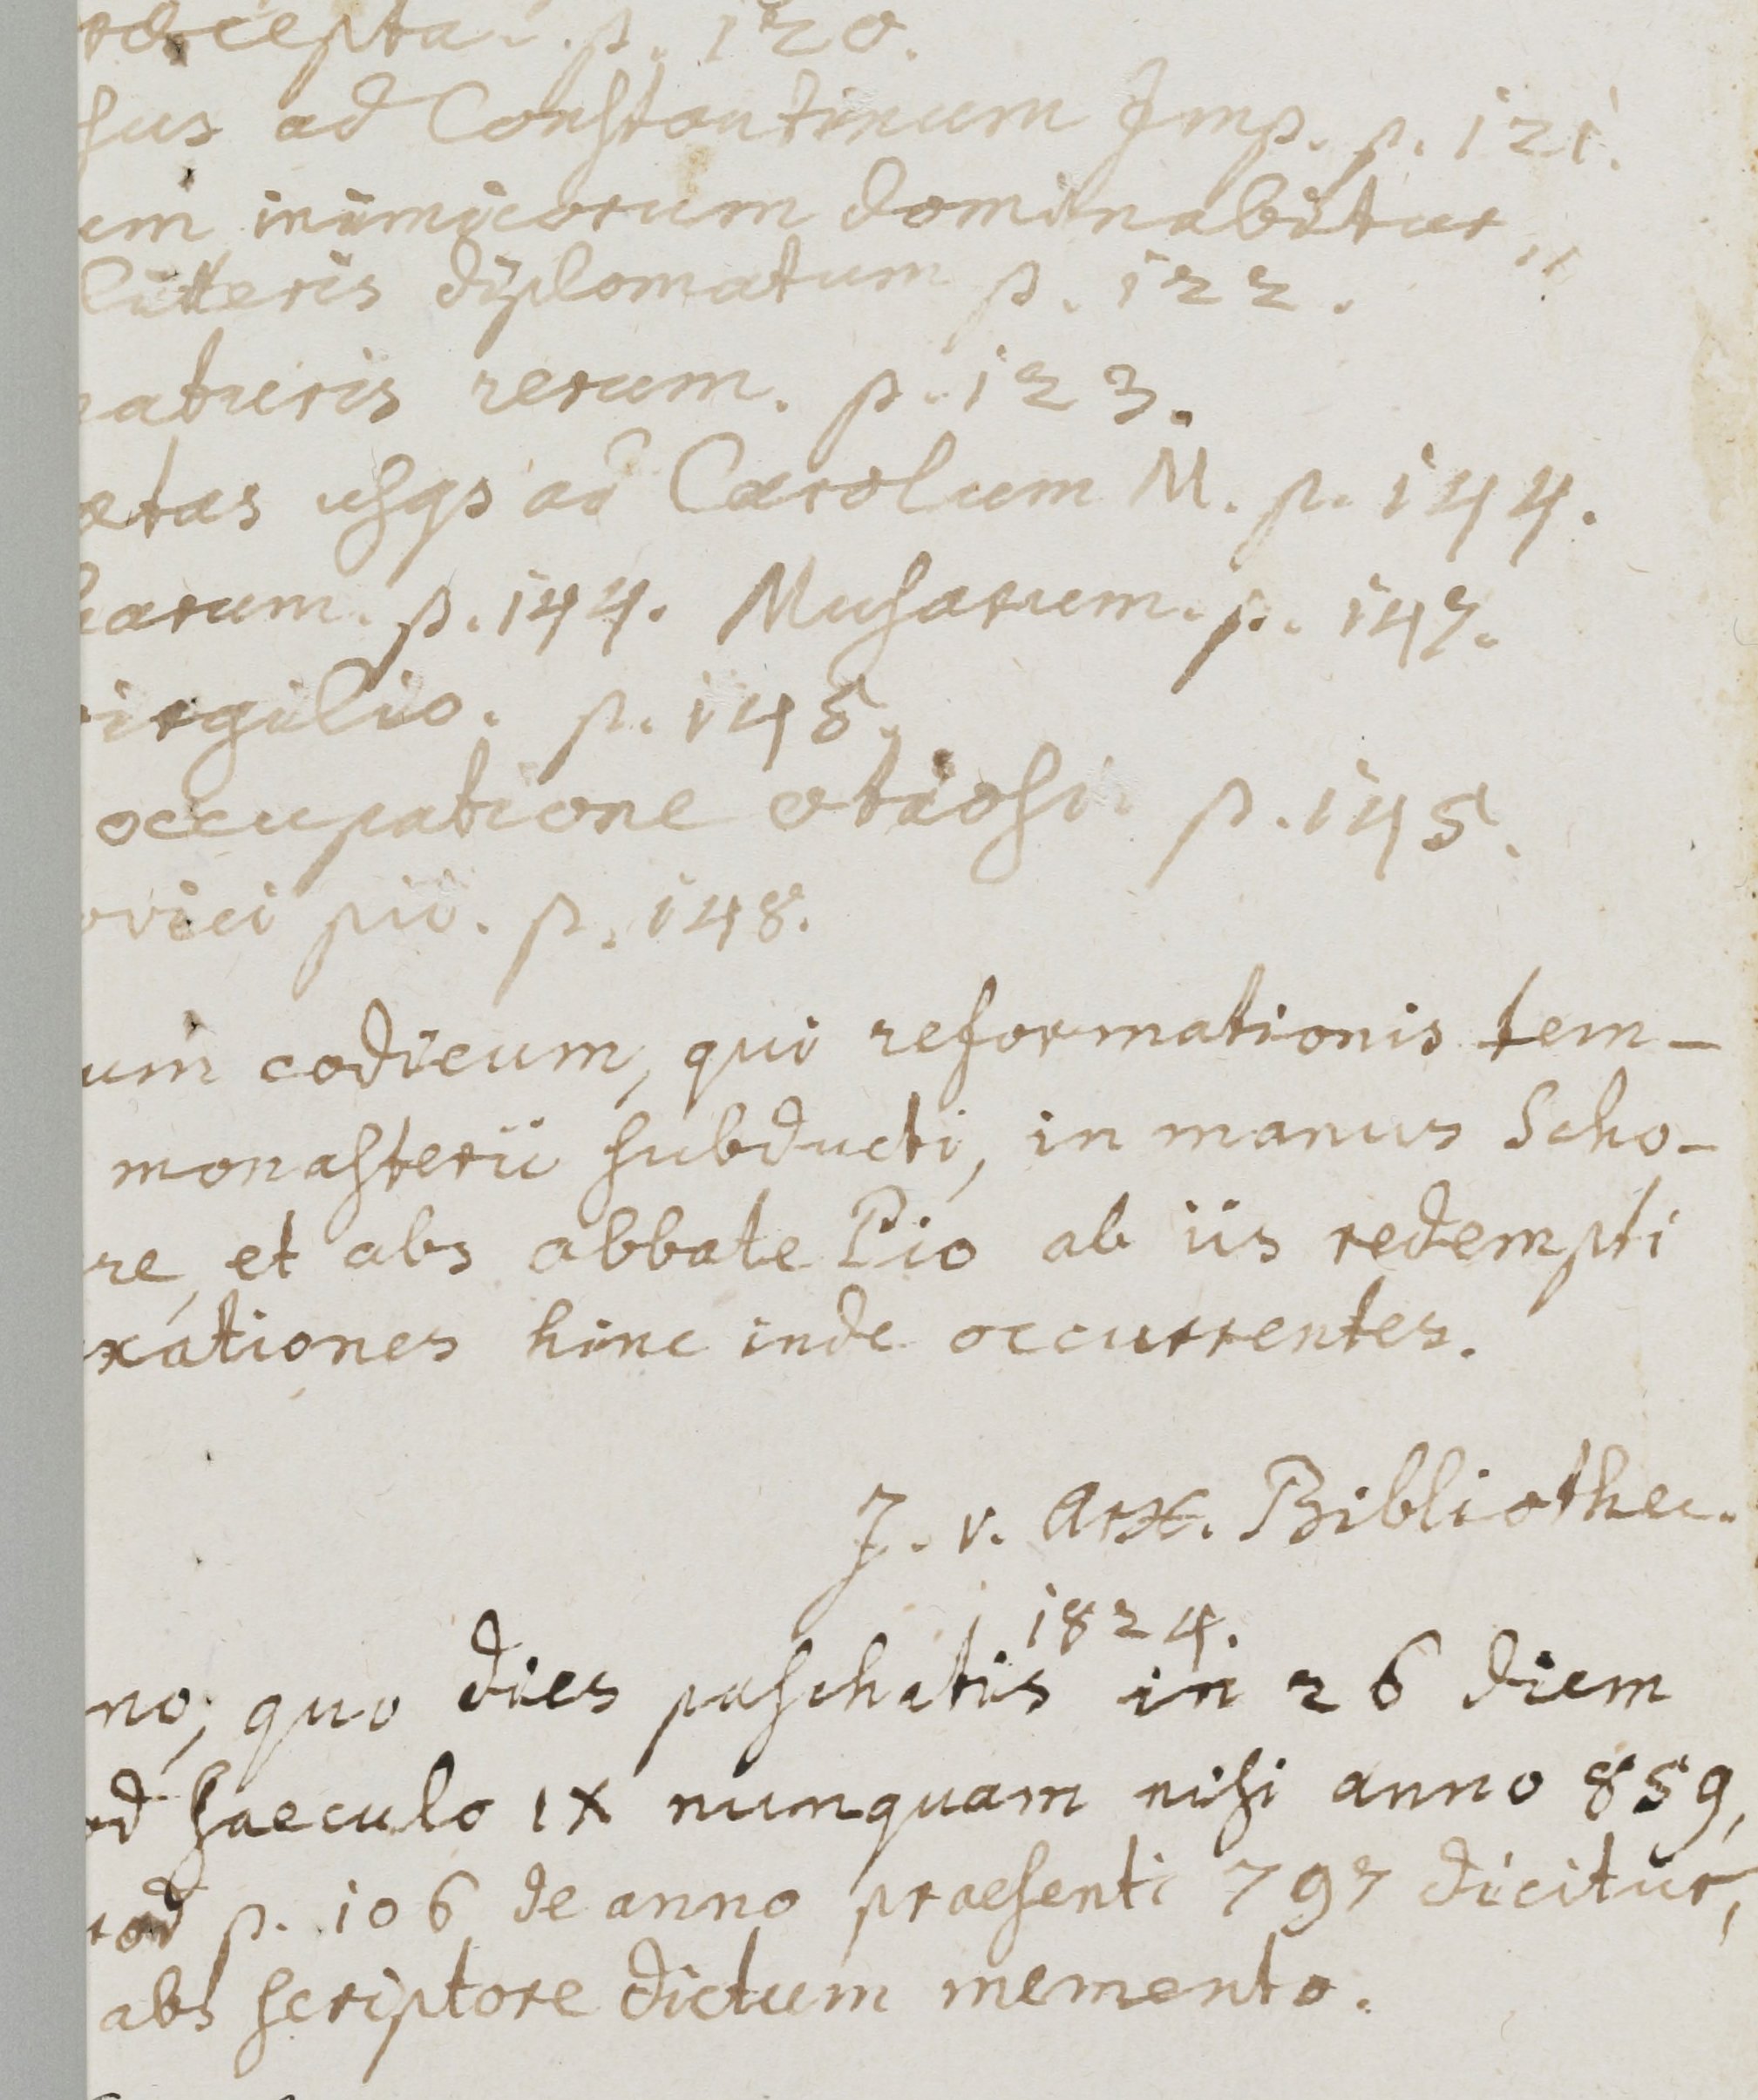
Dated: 835–865